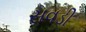
સવડી